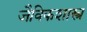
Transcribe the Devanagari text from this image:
जैविकशास्त्र